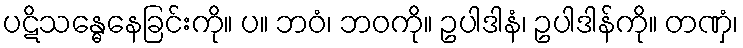
ပဋိသန္ဓေနေခြင်းကို။ ပ။ ဘဝံ၊ ဘဝကို။ ဥပါဒါနံ၊ ဥပါဒါန်ကို။ တဏှံ၊